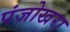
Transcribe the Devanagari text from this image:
पंजोखरा